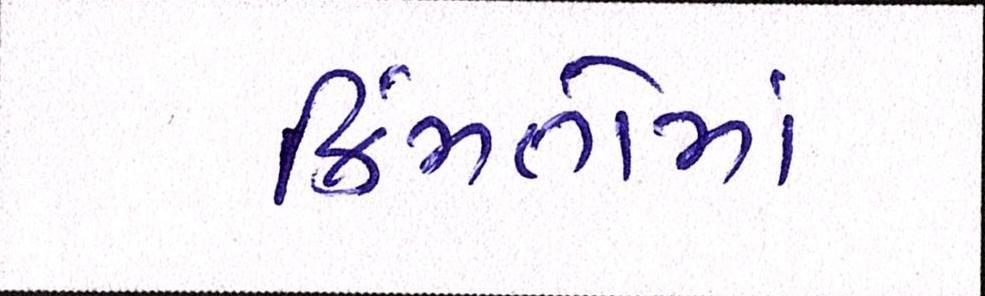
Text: કિંમતોમાં